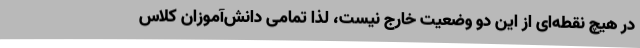
در هیچ نقطه‌ای از این دو وضعیت خارج نیست، لذا تمامی دانش‌آموزان کلاس